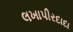
લખાપીરદાદા